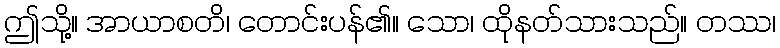
ဤသို့။ အာယာစတိ၊ တောင်းပန်၏။ သော၊ ထိုနတ်သားသည်။ တဿ၊